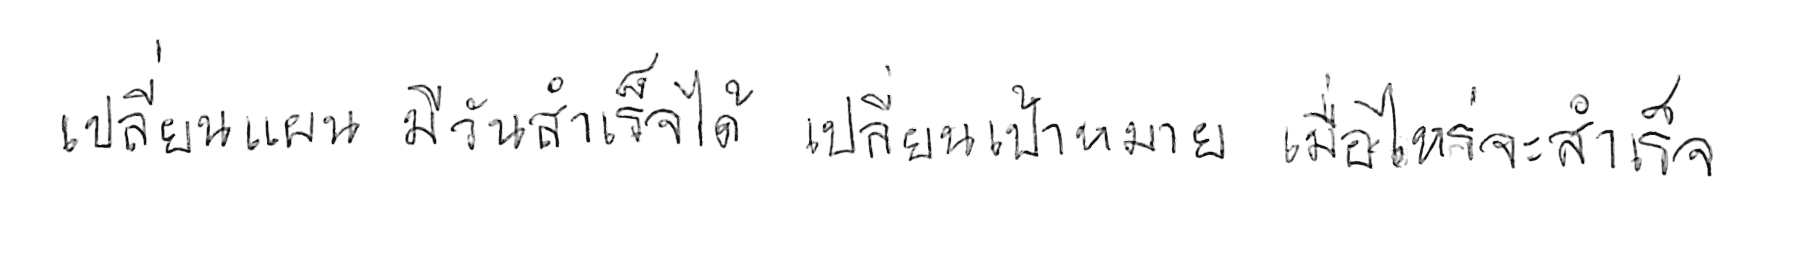
เปลี่ยนแผน มีวันสำเร็จได้ เปลี่ยนเป้าหมาย เมื่อไหร่จะสำเร็จ